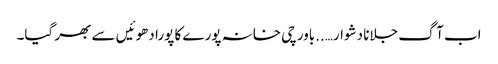
اب آگ جلانا دشوار…..باورچی خانہ پورے کا پورا دھوئیں سے بھر گیا۔